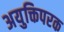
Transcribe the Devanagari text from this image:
अयुक्तिपरक